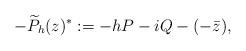
LaTeX: \begin{align*} -\widetilde{P}_h(z)^*:=-hP-iQ-(-\bar{z}),\end{align*}